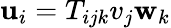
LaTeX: \mathbf{u}_{i}=T_{ijk}v_{j}\mathbf{w}_{k}